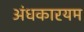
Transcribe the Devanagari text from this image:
अंधकारयम